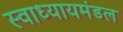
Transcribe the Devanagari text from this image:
स्वाध्यायमंडल